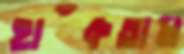
হাঁকতাম